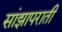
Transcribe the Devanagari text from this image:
सांझापराती